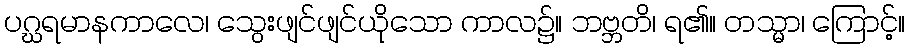
ပဂ္ဃရမာနကာလေ၊ သွေးဖျင်ဖျင်ယိုသော ကာလ၌။ ဘဗ္ဘတိ၊ ရ၏။ တသ္မာ၊ ကြောင့်။